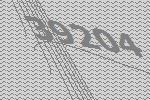
39204